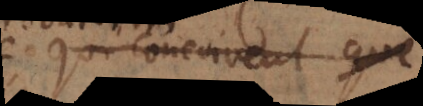
qui concoivent que